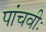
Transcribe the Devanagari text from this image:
पांचवीः